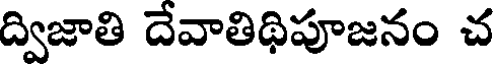
ద్విజాతి దేవాతిథిపూజనం చ